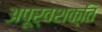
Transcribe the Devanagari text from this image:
अपूर्वशक्ति